Lunatic asylums Central Provinces reports 1886-1894 - 1886-1894
Year: 1886
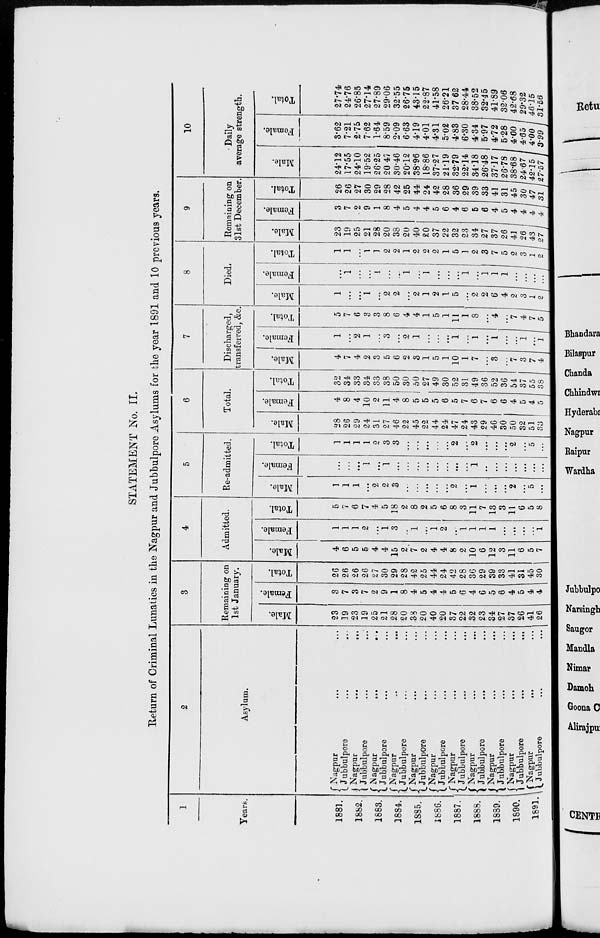
STATEMENT No. II.
Return of Criminal Lunatics in the Nagpur and Jubbulpore Asylums for the year 1891 and 10 previous years.
1
Years.
1881.
1882.
1883.
1884.
1885.
1886.
1887.
1888.
1889.
1890.
1891.
2
Asylum.
Nagpur ... ...
Jubbulpore ... ...
Nagpur
...
...
Jubbulpore ... ...
Nagpur
...
...
Jubbulpore ... ...
Nagpur
...
...
Jubbulpore ... ...
Nagpur ... ...
Jubbulpore ... ...
Nagpur ... ...
Jubbulpore ... ...
Nagpur ... ...
Jubbulpore ... ...
Nagpur ... ...
Jubbulpore ... ...
Nagpur ... ...
Jubbulpore ... ...
Nagpur ... ...
Jubbulpore ... ...
Nagpur
... ...
Jubbulpore ... ...
3
Remaining on
1st January.
Male.
23
19
23
19
25
21
28
20
38
20
40
20
37
22
32
23
34
27
37
26
41
26
Female.
3
7
3
7
2
9
1
8
4
5
4
4
5
6
4
6
5
6
4
5
4
4
Total.
26
26
26
26
27
30
29
28
42
25
44
24
42
28
36
29
39
33
41
31
45
30
4
Admitted.
Male.
4
6
5
5
4
4
15
2
7
2
4
4
8
2
10
6
12
3
11
6
5
7
Female.
1
1
1
2
...
1
3
...
1
...
1
2
...
1
1
1
1
...
...
...
...
1
Total.
5
7
6
7
4
5
18
2
8
2
5
6
8
3
11
7
13
3
11
6
5
8
5
Re-admitted.
Male.
1
1
1
...
2
2
3
...
...
...
...
...
2
...
1
...
...
...
2
...
5
...
Female.
...
...
...
1
...
1
...
...
...
...
...
...
...
...
1
...
...
...
...
...
...
...
Total.
1
1
1
1
2
3
3
...
...
...
...
...
2
...
2
...
...
...
2
...
5
...
6
Total.
Male.
28
26
29
24
31
27
46
22
45
22
44
24
47
24
43
29
46
30
50
32
51
33
Female.
4
8
4
10
2
11
4
8
5
5
5
6
5
7
6
7
6
6
4
5
4
5
Total.
32
34
33
34
33
38
50
30
50
27
49
30
52
31
49
36
52
36
54
37
55
38
7
Discharged,
transferred, &c.
Male.
4
7
4
2
3
5
6
2
3
1
5
1
10
1
7
...
3
...
7
3
7
4
Female.
1
...
2
1
...
3
...
2
1
...
...
...
1
...
1
...
1
...
...
1
...
1
Total.
5
7
6
3
3
8
6
4
4
1
5
1
11
1
8
...
4
...
7
4
7
5
8
Died.
Male.
1
...
...
1
...
2
2
...
2
1
2
1
5
...
2
2
6
4
2
3
1
2
Female.
...
1
...
...
1
...
...
1
...
1
...
...
...
1
...
1
1
1
...
...
...
...
Total.
1
1
...
1
1
2
2
1
2
2
2
1
5
1
2
3
7
5
2
3
1
2
9
Remaining on
31st December.
Male.
23
19
25
21
28
20
38
20
40
20
37
22
32
23
34
27
37
26
41
26
43
27
Female.
3
7
2
9
1
8
4
5
4
4
5
6
4
6
5
6
4
5
4
4
4
4
Total.
26
26
27
30
29
28
42
25
44
24
42
28
36
29
39
33
41
31
45
30
47
31
10
Daily
average strength.
Male.
24.12
17.55
24.10
19.52
26.25
20.47
30.46
20.12
38.96
18.86
37.27
21.19
32.79
22.14
34.18
26.48
37.17
26.78
38.68
24.67
42.15
27.57
Female.
3.62
7.21
2.75
7.62
1.64
8.59
2.09
6.63
4.19
4.01
4.31
5.02
4.83
6.30
4.34
5.97
4.72
5.28
4.00
4.65
4.00
3.99
Total.
27.74
24.76
26.85
27.14
27.89
29.06
32.55
26.75
43.15
22.87
41.58
26.21
37.62
28.44
38.52
32.45
41.89
32.06
42.68
29.32
46.15
31.56